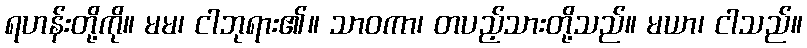
ရဟန်းတို့ကို။ မမ၊ ငါဘုရား၏။ သာဝကာ၊ တပည့်သားတို့သည်။ မယာ၊ ငါသည်။